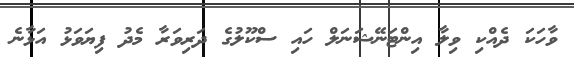
ވާހަކަ ދެއްކި ވިލާ އިންޓަނޭޝަނަލް ހައި ސްކޫލުގެ ދަރިވަރާ މެދު ފިޔަވަޅު އަޅާނެ